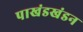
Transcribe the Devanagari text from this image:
पाखंडखंडन